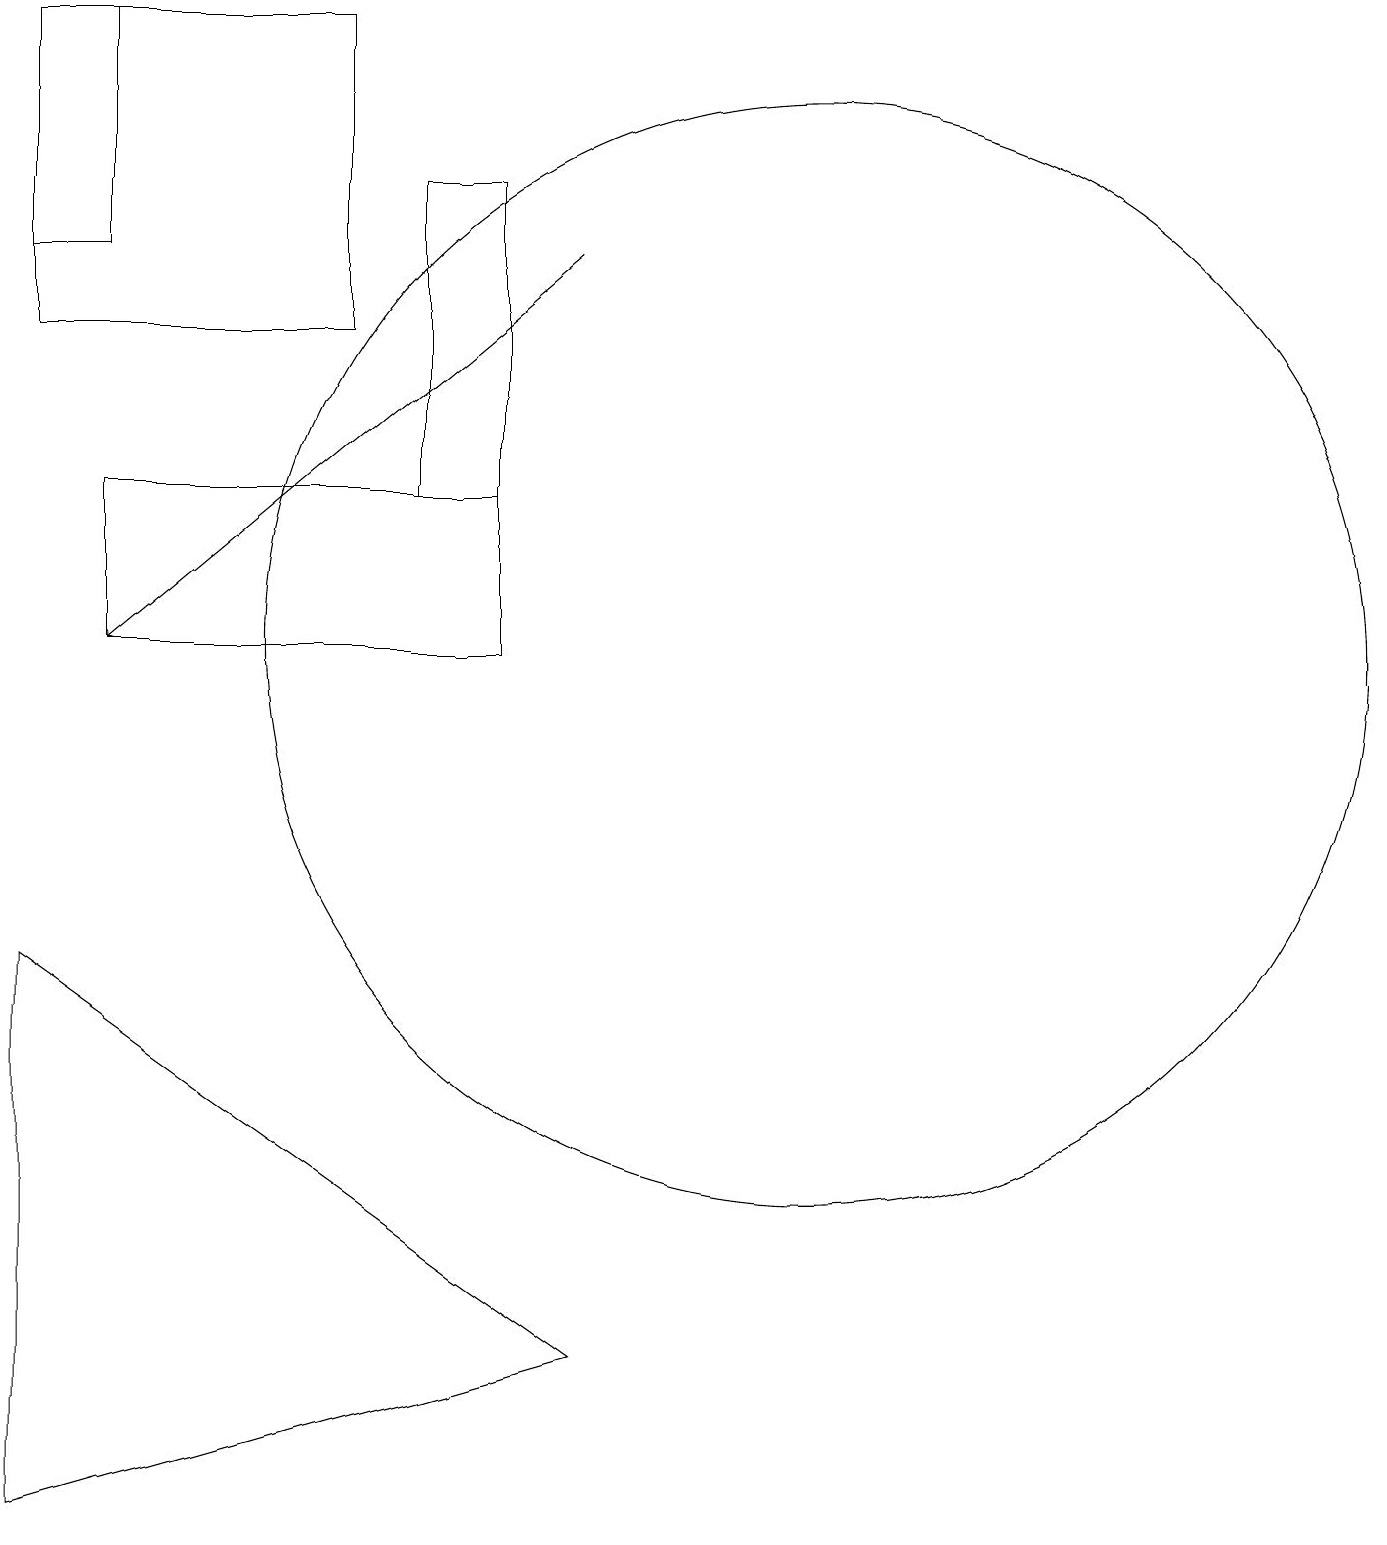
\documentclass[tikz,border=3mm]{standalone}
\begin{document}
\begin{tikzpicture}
\draw (4,15) rectangle (0,19);
\draw (11,10) circle (0);
\draw (1,19) rectangle (0,16);
\draw (6,11) rectangle (1,13);
\draw (0,7) -- (0,0) -- (7,2) -- cycle;
\draw (5,17) rectangle (6,13);
\draw[->] (7,16) -- (1,11);
\draw (10,11) circle (7);
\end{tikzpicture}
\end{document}